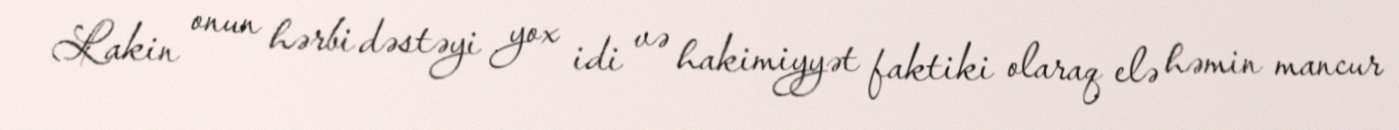
Lakin onun hərbi dəstəyi yox idi və hakimiyyət faktiki olaraq elə həmin mancur